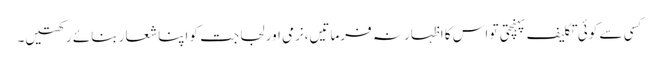
کسی سے کوئی تکلیف پہنچتی تو اس کا اظہار نہ فرماتیں،نرمی اور لجاجت کو اپنا شعار بنائے رکھتیں۔